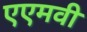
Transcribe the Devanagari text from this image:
एएमवी